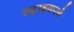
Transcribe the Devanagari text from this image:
स्ट्राइकरने